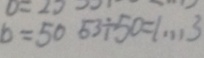
b = 5 0 5 3 \div 5 0 = 1 \cdots 3